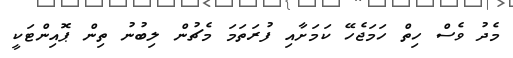
މެދު ވެސް ހިތް ހަމަޖެހޭ ކަމަށާއި ފުރަތަމަ މެޗުން ލިބުނު ތިން ޕޮއިންޓަކީ